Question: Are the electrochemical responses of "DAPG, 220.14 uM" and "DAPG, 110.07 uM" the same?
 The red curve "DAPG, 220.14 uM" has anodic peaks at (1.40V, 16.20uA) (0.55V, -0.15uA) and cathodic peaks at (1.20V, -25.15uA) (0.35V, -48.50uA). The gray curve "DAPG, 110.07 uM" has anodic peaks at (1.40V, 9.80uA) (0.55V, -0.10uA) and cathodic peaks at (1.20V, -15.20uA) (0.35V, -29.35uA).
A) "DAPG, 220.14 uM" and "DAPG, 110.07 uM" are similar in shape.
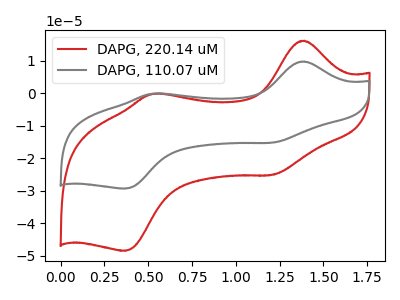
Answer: <think>All the peaks in "DAPG, 220.14 uM" have a peak in "DAPG, 110.07 uM" at the same potential.
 </think>
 <answer>A) "DAPG, 220.14 uM" and "DAPG, 110.07 uM" are similar in shape.</answer>
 <eval>A</eval>